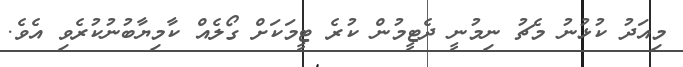
މިއަދު ކުޅުނު މެޗު ނިމުނީ ދެޓީމުން ކުރެ ޓީމަކަށް ގޯލެއް ކާމިޔާބުނުކުރެވި އެވެ.